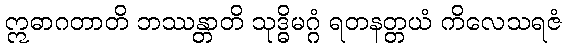
ဣဓာဂတာတိ ဘဿန္တာတိ သုဒ္ဓိမဂ္ဂံ ရတနတ္တယံ ကိလေသရဇံ